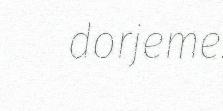
dorjeme.